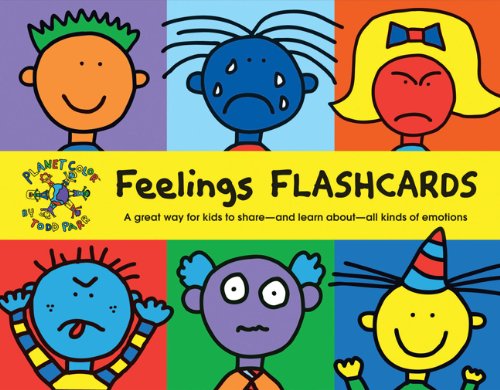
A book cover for Todd Parr Feelings Flash Cards; Todd Parr; Humor & Entertainment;